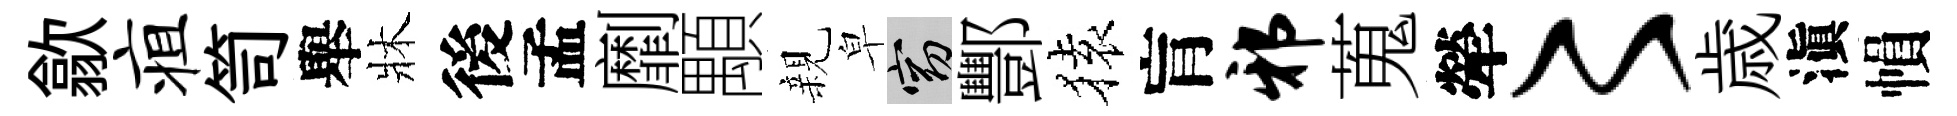
歙疽笥舉牀後孟劘顒親皁窈酆𫞤肓邪蒐犖〻歳滇𢄙